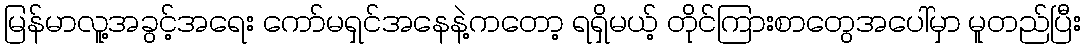
မြန်မာလူ့အခွင့်အရေး ကော်မရှင်အနေနဲ့ကတော့ ရရှိမယ့် တိုင်ကြားစာတွေအပေါ်မှာ မူတည်ပြီး